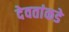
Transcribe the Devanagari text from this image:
देवतांकडे